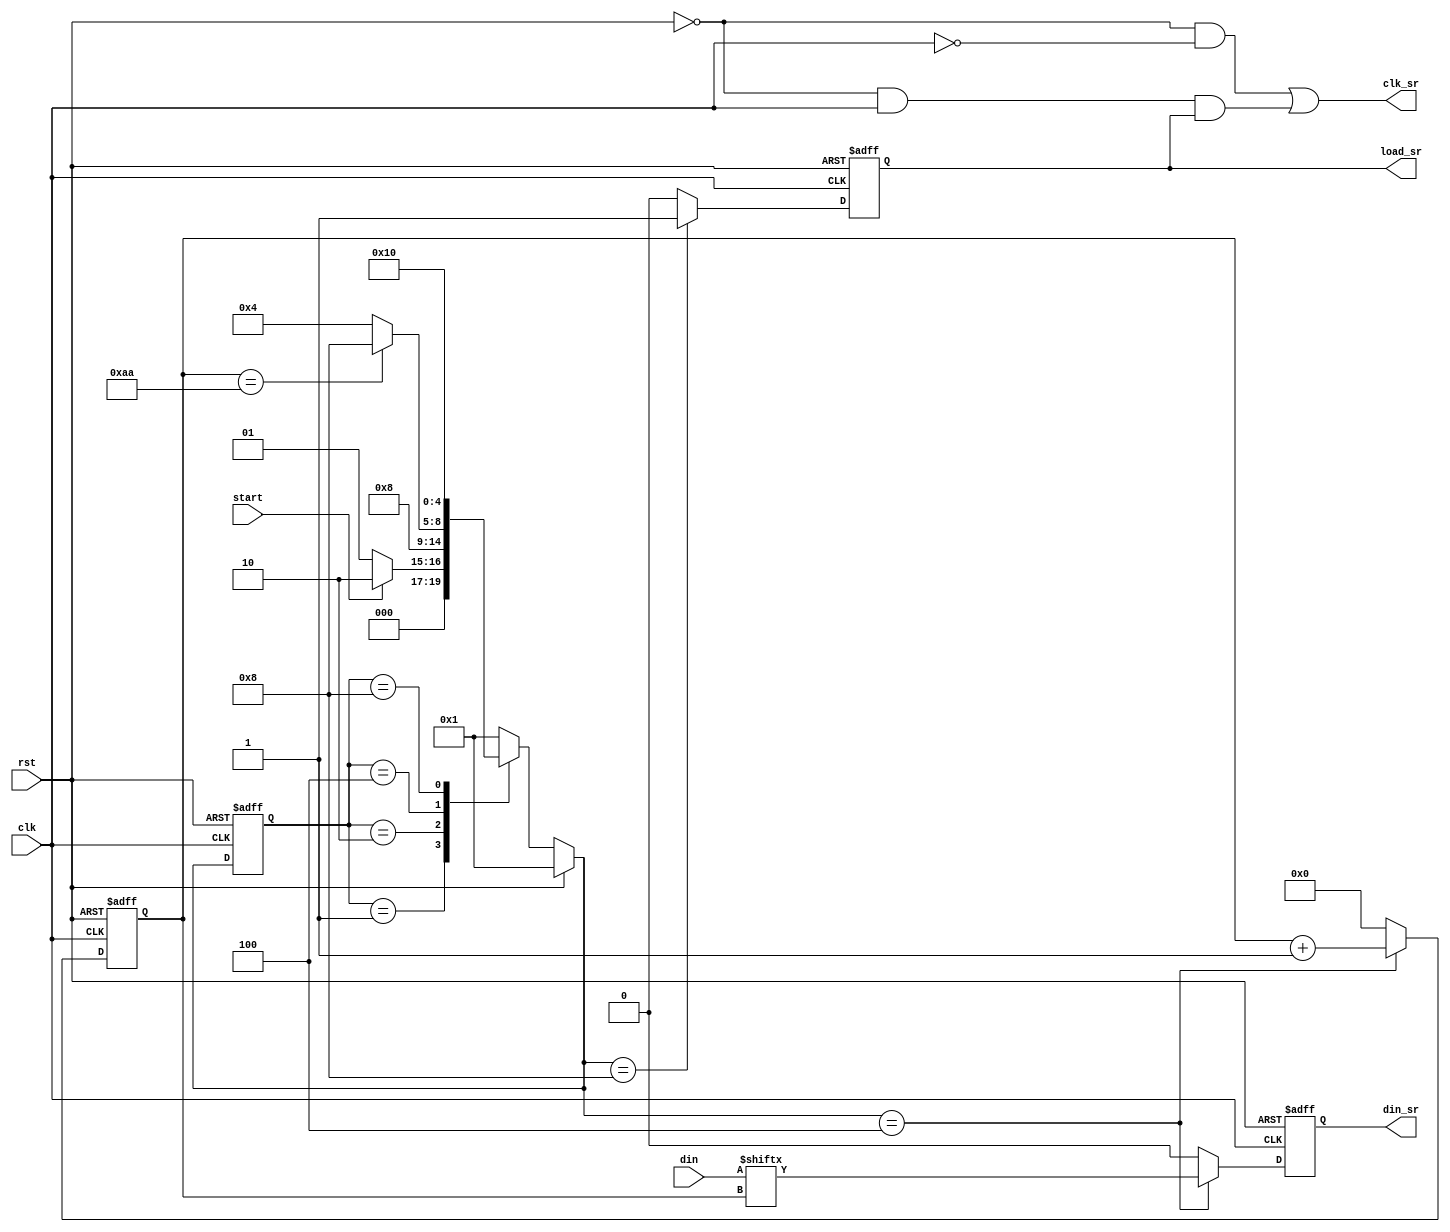
`timescale 1ns / 1ps
`define WIDTH 170
//////////////////////////////////////////////////////////////////////////////////
// Company: ccnu
// 
// Design Name: 
// Module Name: SR_Control
// Project Name: 
// Target Devices: 
// Tool Versions: 
// Description: 
// 
// Dependencies: 
// 
// Revision:
// Revision 0.01 - File Created
// Additional Comments:
// 
//////////////////////////////////////////////////////////////////////////////////


module SR_Control(
    input [`WIDTH-1:0] din,
    input clk,
    input rst,
    input start,
    output reg din_sr,
    output reg load_sr,
    output clk_sr
    );
    
reg [4:0] current_state_out, next_state_out;
reg [7:0] count;
parameter s0=5'b00001;
parameter s1=5'b00010;
parameter s2=5'b00100;
parameter s3=5'b01000;
parameter s4=5'b10000;

assign clk_sr=~rst&&~clk||~rst&&clk&&load_sr;    

//state machine 1, used to send signals to SR
always@(posedge clk or posedge rst)
 begin
  if(rst)
   begin
   current_state_out<=s0;
   end
  else
   begin
   current_state_out<=next_state_out;
   end
 end  
  
always@(current_state_out or rst or start or count)
 begin
  if(rst)
   begin
    next_state_out=s0;
   end
  else
   begin
    case(current_state_out)
     s0:
       begin
        if(start) begin next_state_out=s1; end
        else begin next_state_out=s0; end
       end
     s1: begin next_state_out=s2; end
     s2:
       begin
        if(count==`WIDTH) 
         begin
         next_state_out=s3;
         end
        else
         begin
         next_state_out=s2;
         end
       end
     s3:
       begin
       next_state_out=s4;
       end
     s4:
       begin
       next_state_out=s0;
       end
     default: next_state_out=s0;
    endcase
   end
 end

always@(posedge clk or posedge rst)
begin
 if(rst)
  begin
  count<=8'b0;
  din_sr<=1'b0;
  load_sr<=1'b0;
  end
 else
  begin
   case(next_state_out)
    s0:
      begin
      count<=8'b0;
      din_sr<=1'b0;
      load_sr<=1'b0;
      end
    s1:
      begin
      count<=8'b0;
      din_sr<=1'b0;
      load_sr<=1'b0;
      end
    s2:
      begin
       count<=count+1'b1;
       din_sr<=din[count];
       load_sr<=1'b0;
      end
    s3:
      begin
      count<=8'b0;
      din_sr<=1'b0;
      load_sr<=1'b1;
      end
    s4:
      begin
      count<=8'b0;
      din_sr<=1'b0;
      load_sr<=1'b0;
      end
    default:
      begin
      count<=8'b0;
      din_sr<=1'b0;
      load_sr<=1'b0;
      end
   endcase
  end
end

endmodule